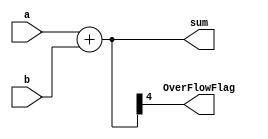
`timescale 1ns / 1ps

module ALU_AddCore(a, b, sum, OverFlowFlag);
input [3:0] a, b;
output [4:0] sum;
output OverFlowFlag;

assign sum = a + b;
assign OverFlowFlag = sum[4];

endmodule